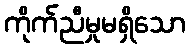
ကိုက်ညီမှုမရှိသော